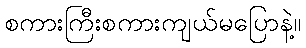
စကားကြီးစကားကျယ်မပြောနဲ့။